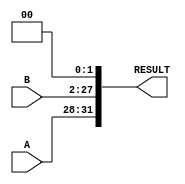
`timescale 1ns / 1ps
module II
(
    A,
    B,
    RESULT
);
    input [3:0]A;
    input [25:0]B;

    output [31:0]RESULT; 

    assign RESULT = {A, B,2'b00};
endmodule

module II8
(
    A,
    B,
    RESULT
);
    input [23:0]A;
    input [7:0]B;

    output [31:0]RESULT; 

    assign RESULT = {A, B};
endmodule

module II16
(
    A,
    B,
    RESULT
);
    input [15:0]A;
    input [15:0]B;

    output [31:0]RESULT; 

    assign RESULT = {A, B};
endmodule